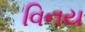
વિનય